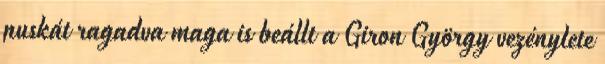
puskát ragadva maga is beállt a Giron György vezénylete